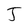
Character: J